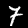
Digit: 7